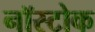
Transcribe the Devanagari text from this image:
नॉस्टोक